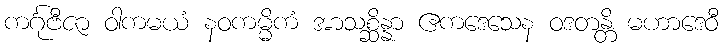
ကင်္ဂုဗီဇာ ဝါကမယံ နဝကမ္မိကံ အာသစ္ဆိန္နာ ဧကဒေသေန ဝဒတန္တိ မဟာဒေဝီ